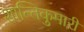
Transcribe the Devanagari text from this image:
शान्तिकुमारी